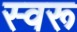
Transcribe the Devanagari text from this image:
स्वरू